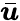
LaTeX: \bar{\boldsymbol{u}}